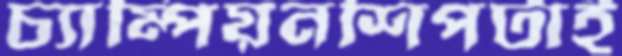
চ্যাম্পিয়নশিপটাই